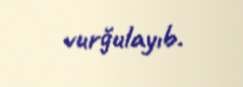
vurğulayıb.